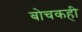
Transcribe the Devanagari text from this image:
बोचकही